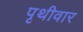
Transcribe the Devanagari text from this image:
पृथीवार